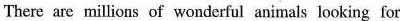
There are millions of wonderful animals looking for